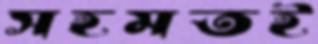
সহমতই